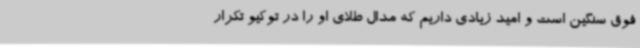
فوق سنگین است و امید زیادی داریم که مدال طلای او را در توکیو تکرار